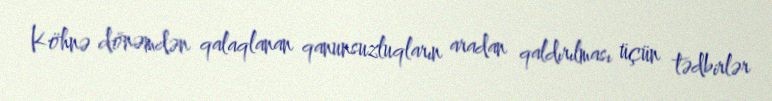
Köhnə dönəmdən qalaqlanan qanunsuzluqların aradan qaldırılması üçün tədbirlər